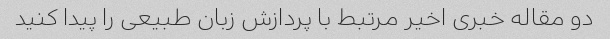
دو مقاله خبری اخیر مرتبط با پردازش زبان طبیعی را پیدا کنید